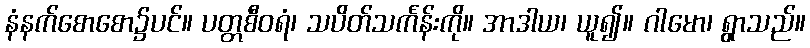
နံနက်စောစော၌ပင်။ ပတ္တစီဝရံ၊ သပိတ်သင်္ကန်းကို။ အာဒါယ၊ ယူ၍။ ဂါမော၊ ရွာသည်။